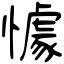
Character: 懅